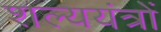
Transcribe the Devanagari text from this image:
शल्ययंत्रों